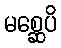
မစ္ဆေပိ